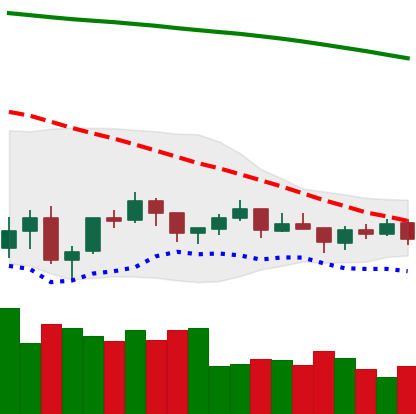
Ticker: BTC-USD
Chart end date: 2021-07-12
Forward return: -4.894%
Label: down_3_5